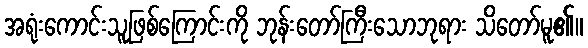
အရုံးကောင်းသူဖြစ်ကြောင်းကို ဘုန်းတော်ကြီးသောဘုရား သိတော်မူ၏။